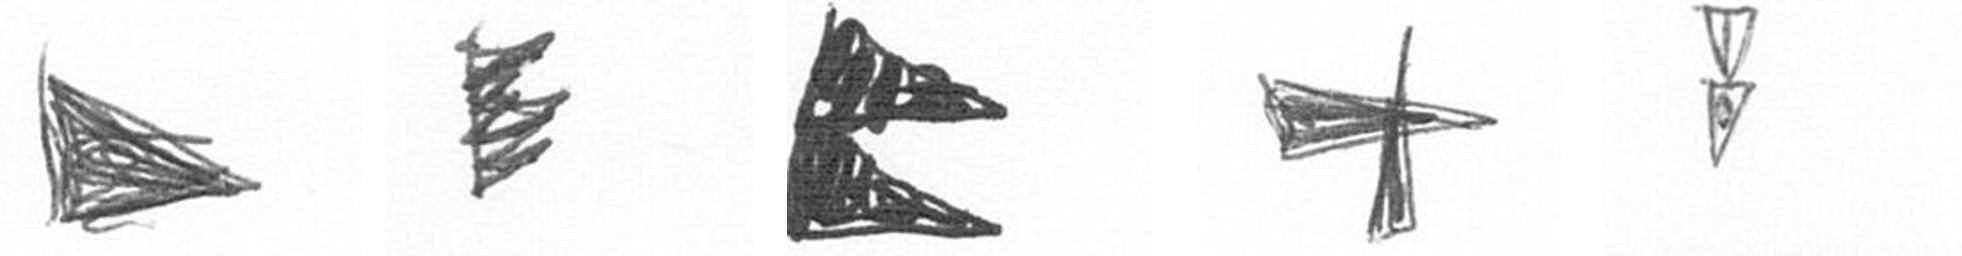
T H P G Z